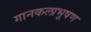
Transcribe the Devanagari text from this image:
गानकलाभूषण